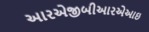
આરએજીબીઆરએઆઇ